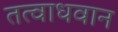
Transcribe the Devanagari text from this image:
तत्वाधवान